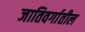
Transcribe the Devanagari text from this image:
जातिवर्गातील